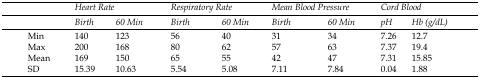
<table><thead><tr><td><b> </b></td><td colspan="2"><b><i>Heart Rate</i></b></td><td colspan="2"><b><i>Respiratory Rate</i></b></td><td colspan="2"><b><i>Mean Blood Pressure</i></b></td><td colspan="2"><b><i>Cord Blood</i></b></td></tr><tr><td><b> </b></td><td><b><i>Birth</i></b></td><td><b><i>60 Min</i></b></td><td><b><i>Birth</i></b></td><td><b><i>60 Min</i></b></td><td><b><i>Birth</i></b></td><td><b><i>60 Min</i></b></td><td><b><i>pH</i></b></td><td><b><i>Hb (g/dL)</i></b></td></tr></thead><tbody><tr><td>Min</td><td>140</td><td>123</td><td>56</td><td>40</td><td>31</td><td>34</td><td>7.26</td><td>12.7</td></tr><tr><td>Max</td><td>200</td><td>168</td><td>80</td><td>62</td><td>57</td><td>63</td><td>7.37</td><td>19.4</td></tr><tr><td>Mean</td><td>169</td><td>150</td><td>65</td><td>55</td><td>42</td><td>47</td><td>7.31</td><td>15.85</td></tr><tr><td>SD</td><td>15.39</td><td>10.63</td><td>5.54</td><td>5.08</td><td>7.11</td><td>7.84</td><td>0.04</td><td>1.88</td></tr></tbody></table>